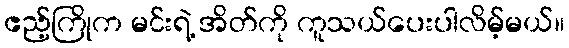
ဧည့်ကြိုက မင်းရဲ့ အိတ်ကို ကူသယ်ပေးပါလိမ့်မယ်။